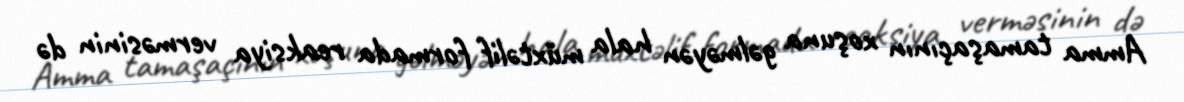
Amma tamaşaçının xoşuna gəlməyən hala müxtəlif formada reaksiya verməsinin də